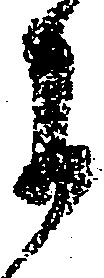
に